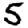
Digit: 5